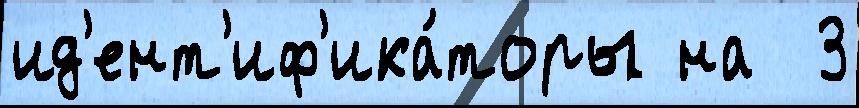
ид'ент'иф'ика́торы на  3